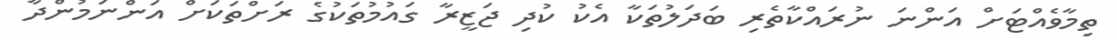
ތިމާވެއްޓަށް އަންނަ ނުރައްކާތެރި ބަދަލުތަކާ އެކު ކުދި ޖަޒީރާ ގައުމުތަކުގެ ރަށްތަކަށް އަންނަމުންދާ